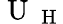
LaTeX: \mathrm{~U~}_{\mathrm{~H~}}